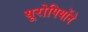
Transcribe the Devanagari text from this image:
यूरोपियोंने